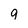
Character: 9